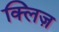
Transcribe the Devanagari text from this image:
क्लिज़